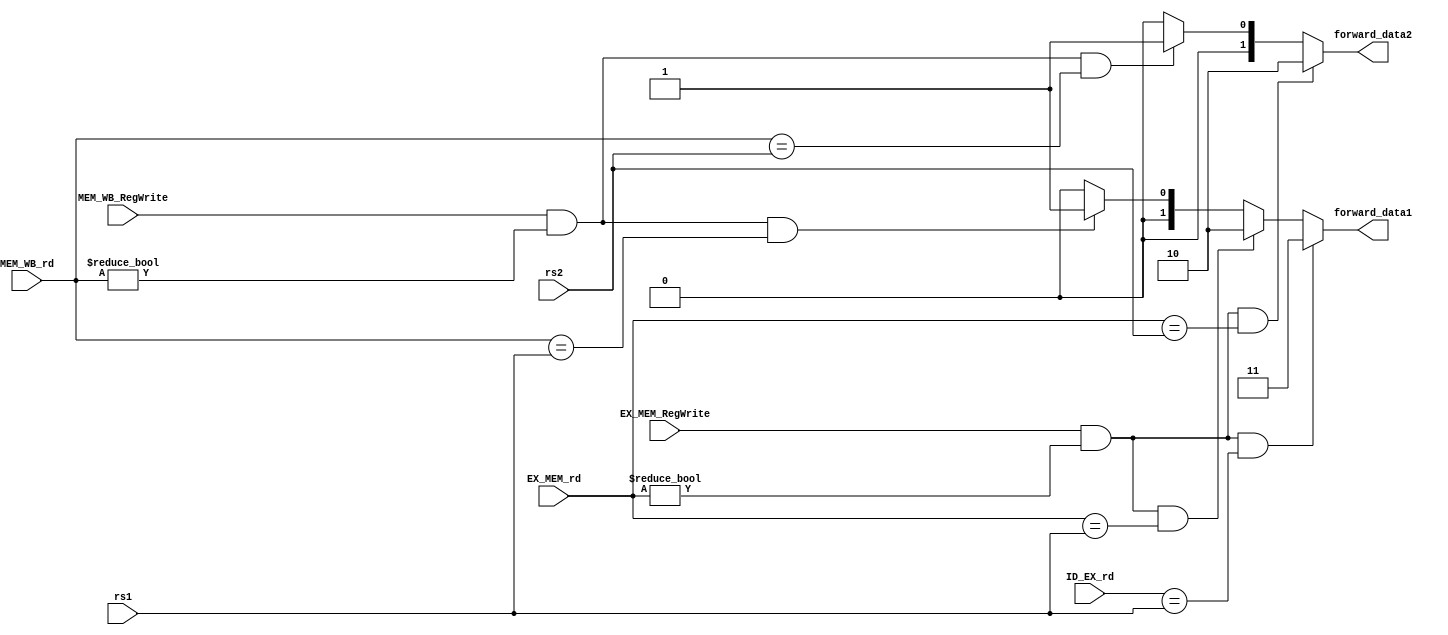
module forwarding_unit (
    input EX_MEM_RegWrite,
    input MEM_WB_RegWrite,

    input [4:0] ID_EX_rd,
    input [4:0] EX_MEM_rd,
    input [4:0] MEM_WB_rd,
    input [4:0] rs1,
    input [4:0] rs2,

    output reg [1:0] forward_data1,
    output reg [1:0] forward_data2
    );

    always @ ( * ) begin

        if (EX_MEM_RegWrite && EX_MEM_rd!=5'd0 && ID_EX_rd==rs1)
            forward_data1 = 2'b11;
        // EX-Hazard
        else if (EX_MEM_RegWrite && EX_MEM_rd!=5'd0 && EX_MEM_rd==rs1)
            forward_data1 = 2'b10;
        // MEM-Hazard
        else if (MEM_WB_RegWrite && MEM_WB_rd!=5'd0 && MEM_WB_rd==rs1)
            forward_data1 = 2'b01;
        else
            forward_data1 = 2'b00;


        if (EX_MEM_RegWrite && EX_MEM_rd!=5'd0 && ID_EX_rd==rs2)
            forward_data2 = 2'b11;
        // EX-Hazard
        if (EX_MEM_RegWrite && EX_MEM_rd!=5'd0 && EX_MEM_rd==rs2)
            forward_data2 = 2'b10;
        // MEM-Hazard
        else if (MEM_WB_RegWrite && MEM_WB_rd!=5'd0 && MEM_WB_rd==rs2)
            forward_data2 = 2'b01;
        else
            forward_data2 = 2'b00;

    end

endmodule // forwarding_unit